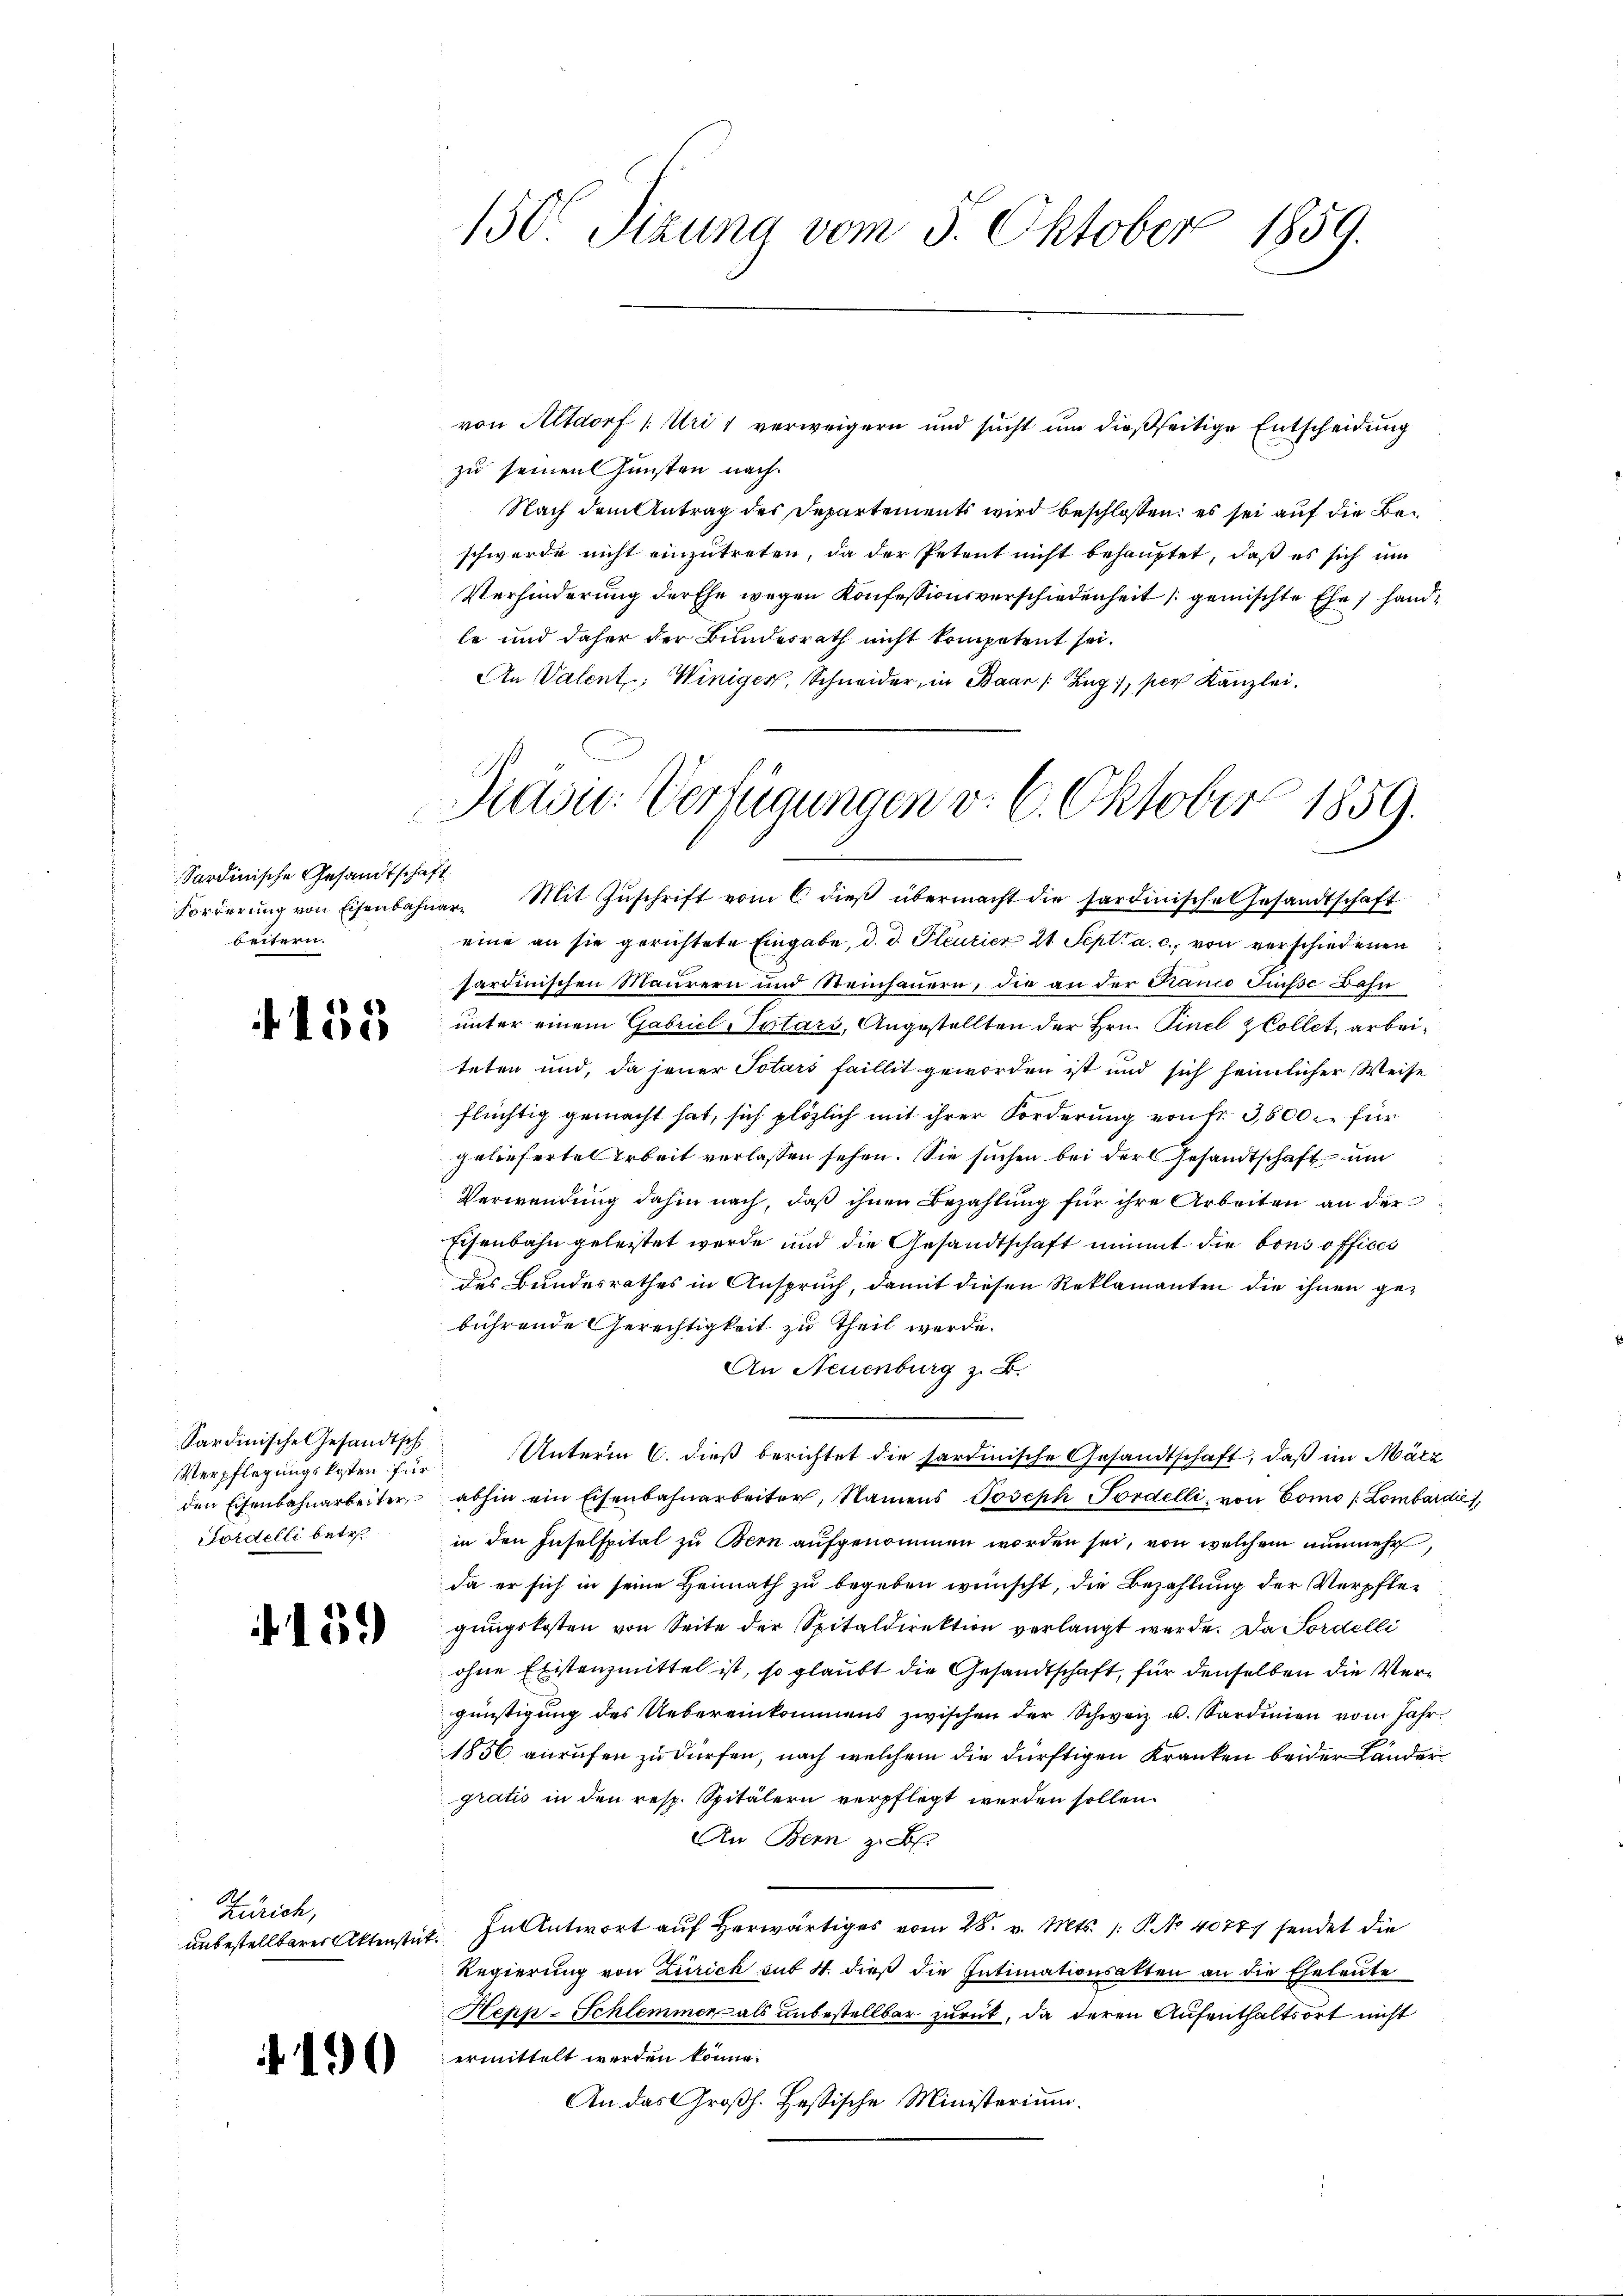
Sardinische Gesandtschaf
Forderung von Eisenbahn
beitern.

155

Sardinische Gesandtsch
VVerpflegungskosten für
den Eisenbahnarbeiter
Fordelli betr.

. 1539

Zürich,
unbestellbarer Aktenstät

190

150r Jizuna vom 5. Oktober 1859.

von Altdorf (: Uri 1 verweigern und sucht um dießseitige Entscheidung
zu seinen Gunsten nach
Nach dem Antrag des Departements wird beschlossen: es sei auf die Beschwerde nicht einzutreten, da der Petent nicht behauptet, daß es sich um
Verhinderung der Ehe wegen Konfessionsverschiedenheit gemischte Ehe handle und daher der Bundesrath nicht kompetent sei.
An Valent; Winiger, Schneider, in Baar /: Zug, per Kanzlei.
1
Diasu: Verfügungen d. 6. Oktober 1859.

.

Unterm 6. dieß berichtet die sardinische Gesandtschaft, daß im März
abhin ein Eisenbahnarbeiter, Namens Joseph Fordelli, von Como Lombardi,

.
ar. Mit Zŭschrift vom 6 dieβ übermacht die sardinische Gesandtschaft
eine an sie gerichtete Eingabe, d. d. Gleurier 21. Sept. a. c., von verschiedenen
sardinischen Maurern und Steinhauern, die an der Franco Füsse Bahn
unter einem Gabriel Totars, Angestellten der Hrn. Finel Collet, arbeiteten und, da jener Totars faillit geworden ist und sich heimlicher Weise
flüchtig gemacht hat, sich plözlich mit ihrer Forderung von fr. 3,800 für
gelieferte Arbeit verlassen sehen. Sie suchen bei der Gesandtschaft um
Verwendung dahin nach, daß ihnen Bezahlung für ihre Arbeiten an der
Eisenbahn geleistet werde und die Gesandtschaft nimmt die bons officii
des Bundesrathes in Anspruch, damit diesen Reklamanten die ihnen gebührende Gerechtigkeit zu theil werde.
An Neuenburg z. B.
in den Inselspital zu Bern aufgenommen worden sei, von welchem nunmehr,
da er sich in seine Heimath zu begeben wünscht, die Bezahlung der Verpflegungskosten von Seite der Spitaldirektion verlangt werde. Da Sordelli
ohne Existenzmittel ist, so glaubt die Gesandtschaft, für denselben die Vergünstigung des Uebereinkommens zwischen der Schwarz u. Sardinien vom Jahr
1856 anrufen zu dürfen, nach welchem die dürftigen Kranken beider Länder
gratis in den resp. Spitälern verpflegt werden sollen.
An Bern z. B.
 FnAntwort auf herwärtiges vom 28. v. Mts. 1. P. Nr. 40787 sendet die
Regierung von Zürich sub 4. dieß die Intimationsakten an die Eheleute
Hepp-Schlemmer als unbestellbar zurück, da deren Aufenthaltsort nicht
ermittelt werden könne.
An das Großh. Hessische Ministerium.